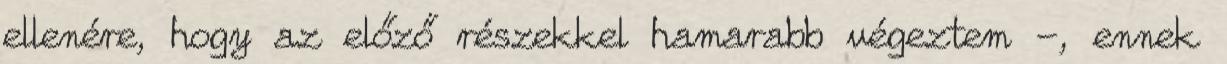
ellenére, hogy az előző részekkel hamarabb végeztem -, ennek